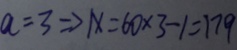
a = 3 \Rightarrow 1 x = 6 0 \times 3 - 1 = 1 7 9